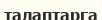
талаптарга